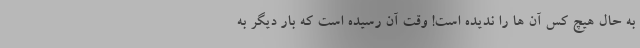
به حال هیچ کس آن ها را ندیده است! وقت آن رسیده است که بار دیگر به